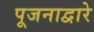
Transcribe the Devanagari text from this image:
पूजनाद्वारे